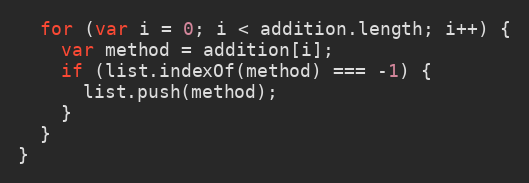
Language: JavaScript
  for (var i = 0; i < addition.length; i++) {
    var method = addition[i];
    if (list.indexOf(method) === -1) {
      list.push(method);
    }
  }
}